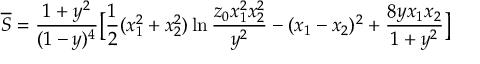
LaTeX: \overline { { { S } } } = \frac { 1 + y ^ { 2 } } { ( 1 - y ) ^ { 4 } } \bigl [ \frac { 1 } { 2 } ( x _ { 1 } ^ { 2 } + x _ { 2 } ^ { 2 } ) \ln \frac { z _ { 0 } x _ { 1 } ^ { 2 } x _ { 2 } ^ { 2 } } { y ^ { 2 } } - ( x _ { 1 } - x _ { 2 } ) ^ { 2 } + \frac { 8 y x _ { 1 } x _ { 2 } } { 1 + y ^ { 2 } } \bigr ]